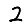
Digit: 2